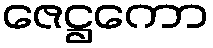
ဇေဋ္ဌကော